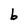
Character: b